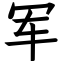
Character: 军